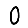
Digit: 0